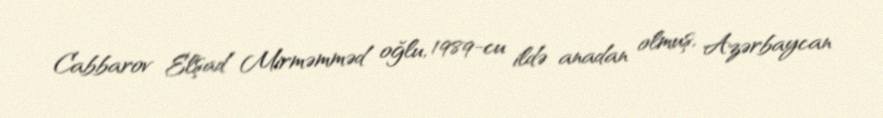
Cabbarov Elşad Mirməmməd oğlu, 1989-cu ildə anadan olmuş, Azərbaycan